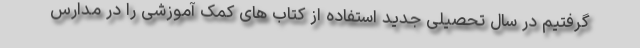
گرفتیم در سال تحصیلی جدید استفاده از کتاب های کمک آموزشی را در مدارس